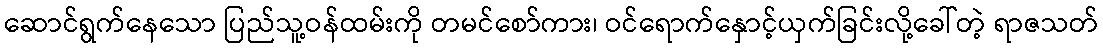
ဆောင်ရွက်နေသော ပြည်သူ့ဝန်ထမ်းကို တမင်စော်ကား၊ ဝင်ရောက်နှောင့်ယှက်ခြင်းလို့ခေါ်တဲ့ ရာဇသတ်